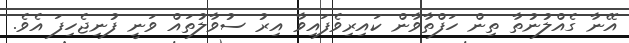
އޭނާ ގެއްލުނުތާ ތިން ހަފްތާވާން ކައިރިވެފައިވާ އިރު ސުވާލުތައް ވަނީ ފުނިޖެހިފަ އެވެ.